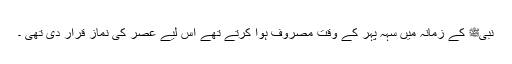
نبیﷺ کے زمانہ میں سہہ پہر کے وقت مصروف ہوا کرتے تھے اس لیے عصر کی نماز قرار دی تھی ۔